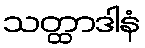
သတ္ထာဒါနံ